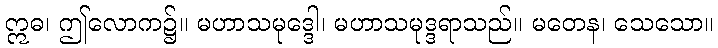
ဣဓ၊ ဤလောက၌။ မဟာသမုဒ္ဒေါ၊ မဟာသမုဒ္ဒရာသည်။ မတေန၊ သေသော။